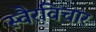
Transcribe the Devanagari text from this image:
स्वैरविचार